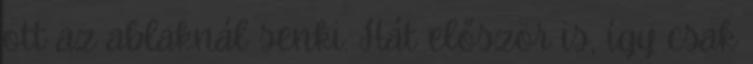
ott az ablaknál senki. Hát először is, így csak